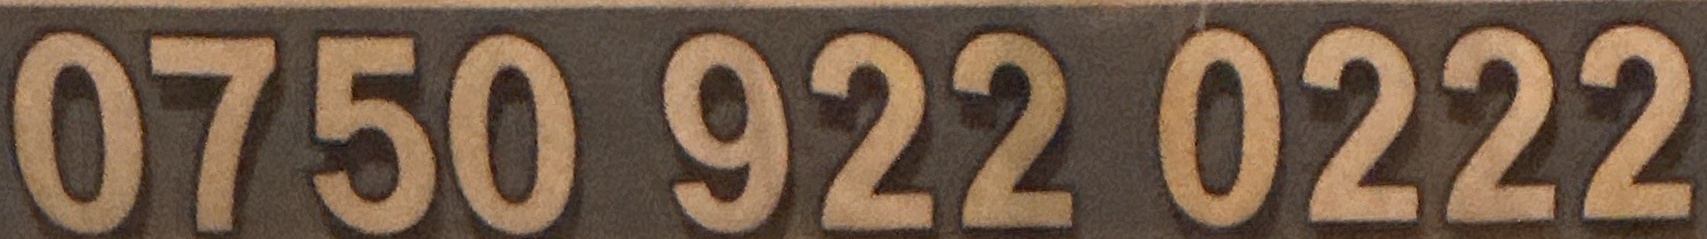
0750 922 0222